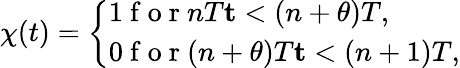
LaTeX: {\chi}(t)=\left\{ \begin{array}{ll}{1\mathrm{~f~o~r~}nT\le t<(n+\theta)T,}\\ {0\mathrm{~f~o~r~}(n+\theta)T\le t<(n+1)T,}\end{array}\right.